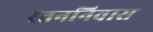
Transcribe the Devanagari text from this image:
रतननिवास